65_HS1-834228961_62-HQ-83894_Serial_130
Agency: FBI
Page 77
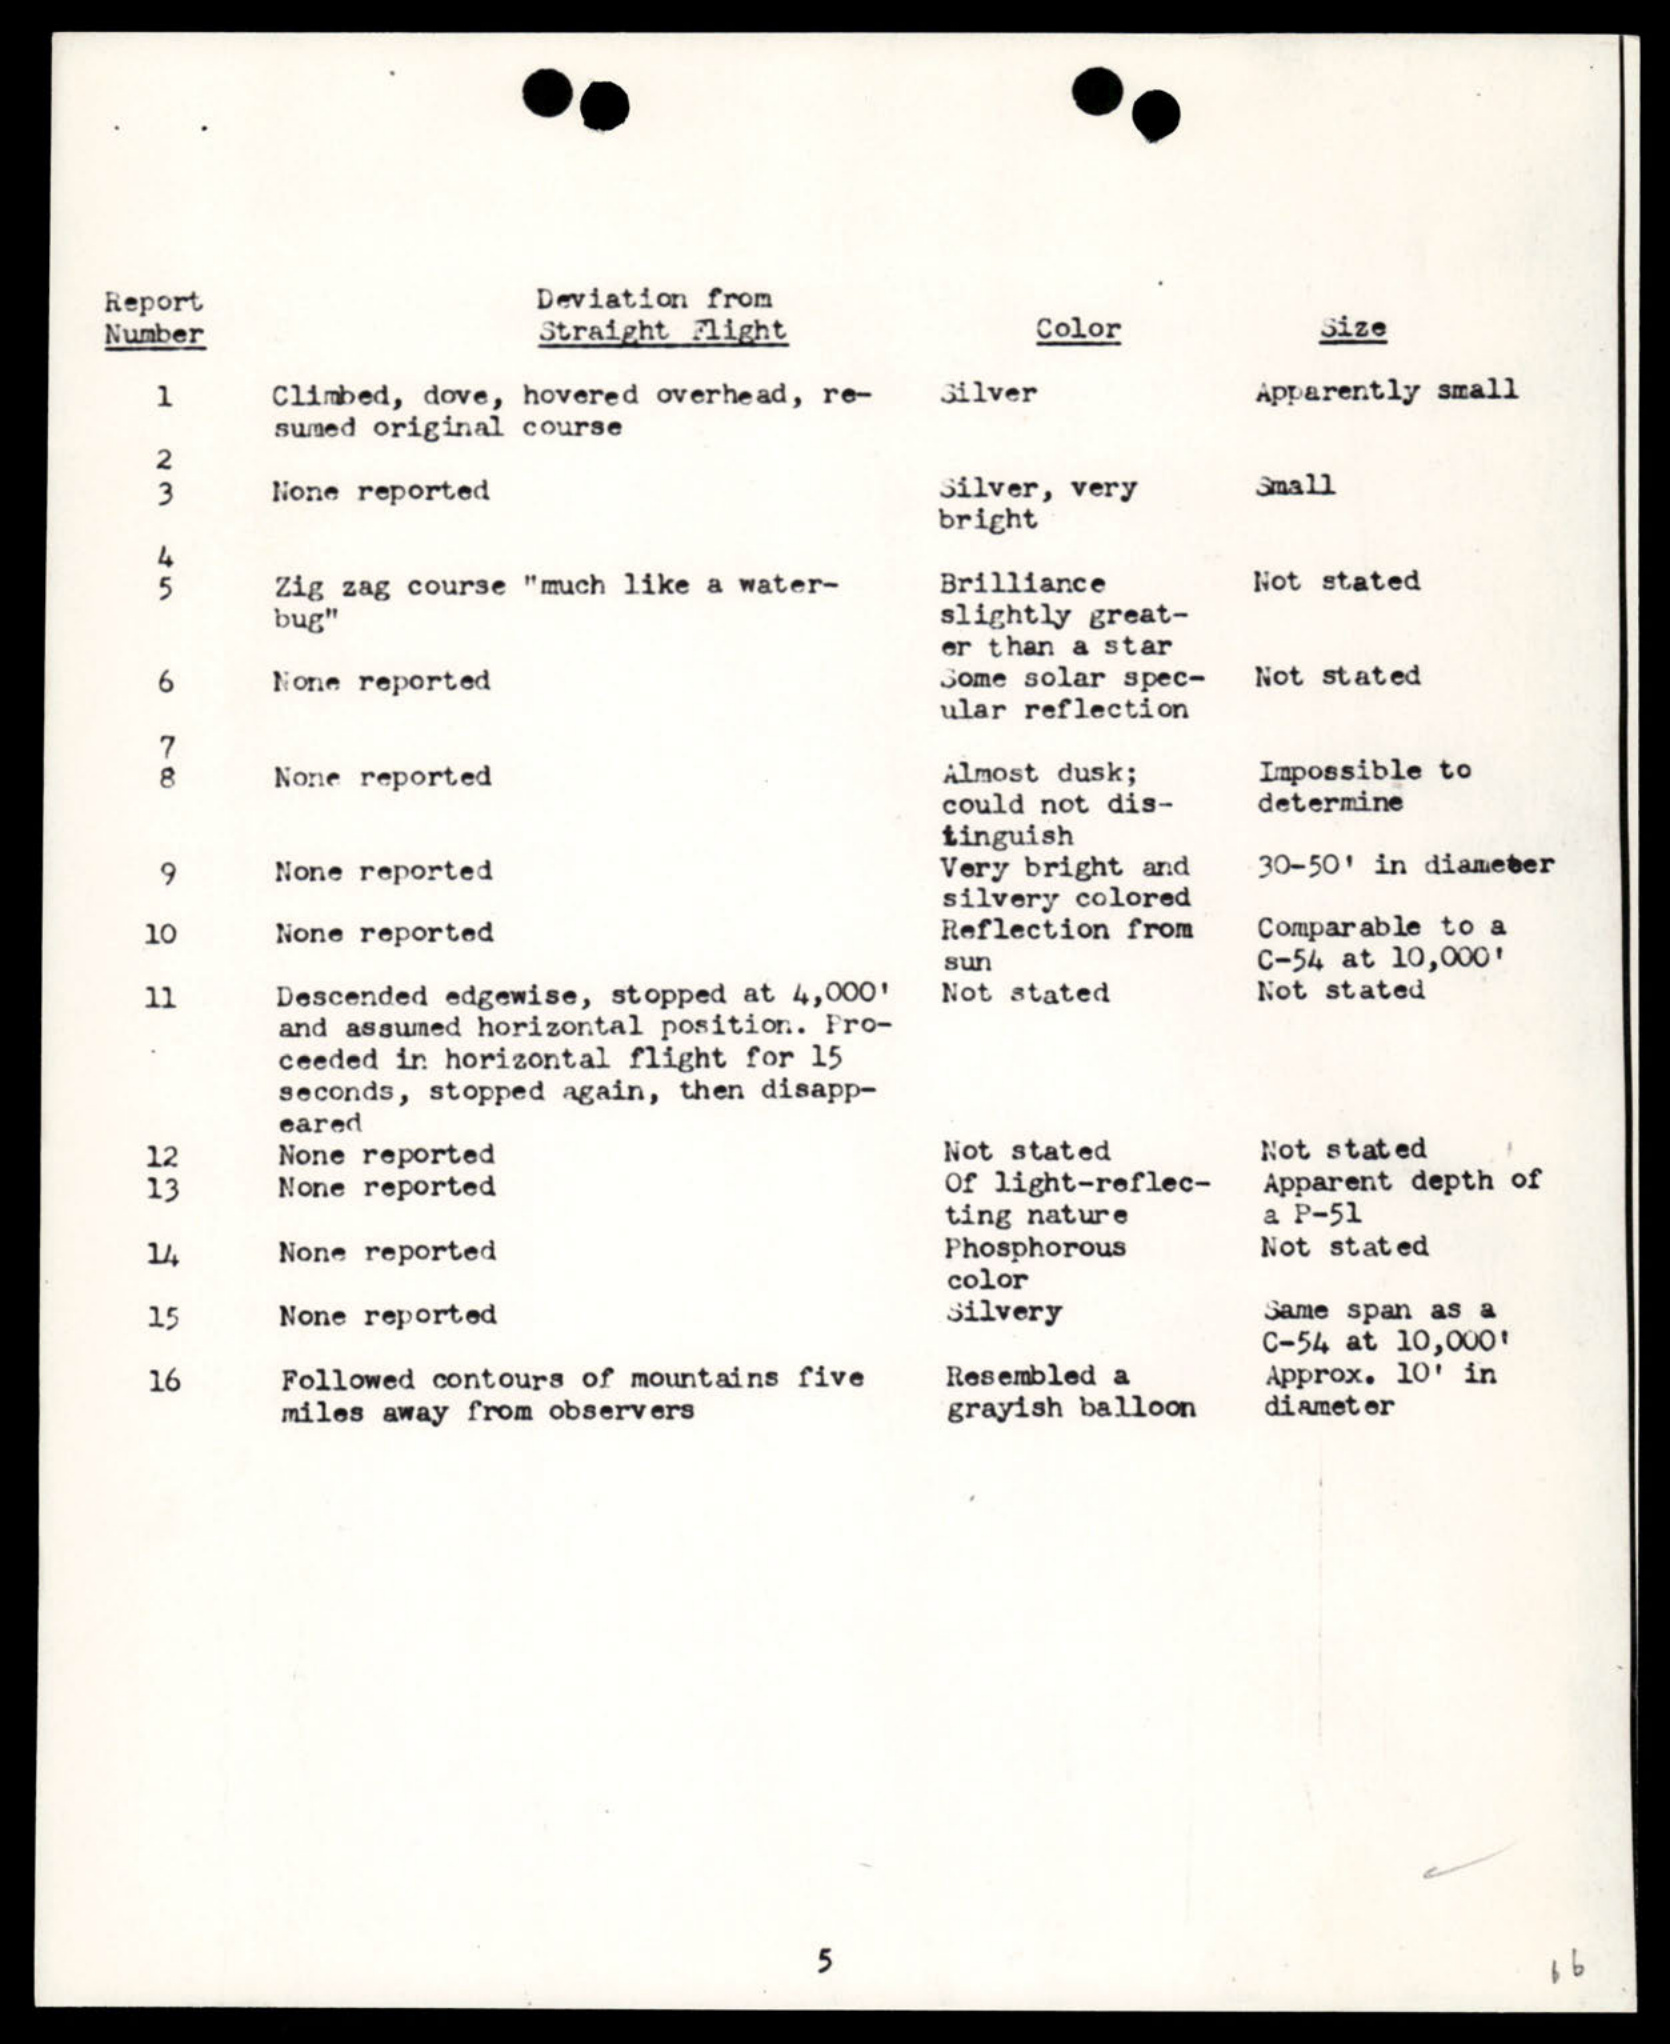